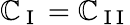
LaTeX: \mathbb{C}_{\mathrm{{~I~}}}=\mathbb{C}_{\mathrm{{~I~I~}}}